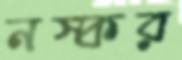
নস্কর